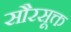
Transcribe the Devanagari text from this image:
सौरसूक्त